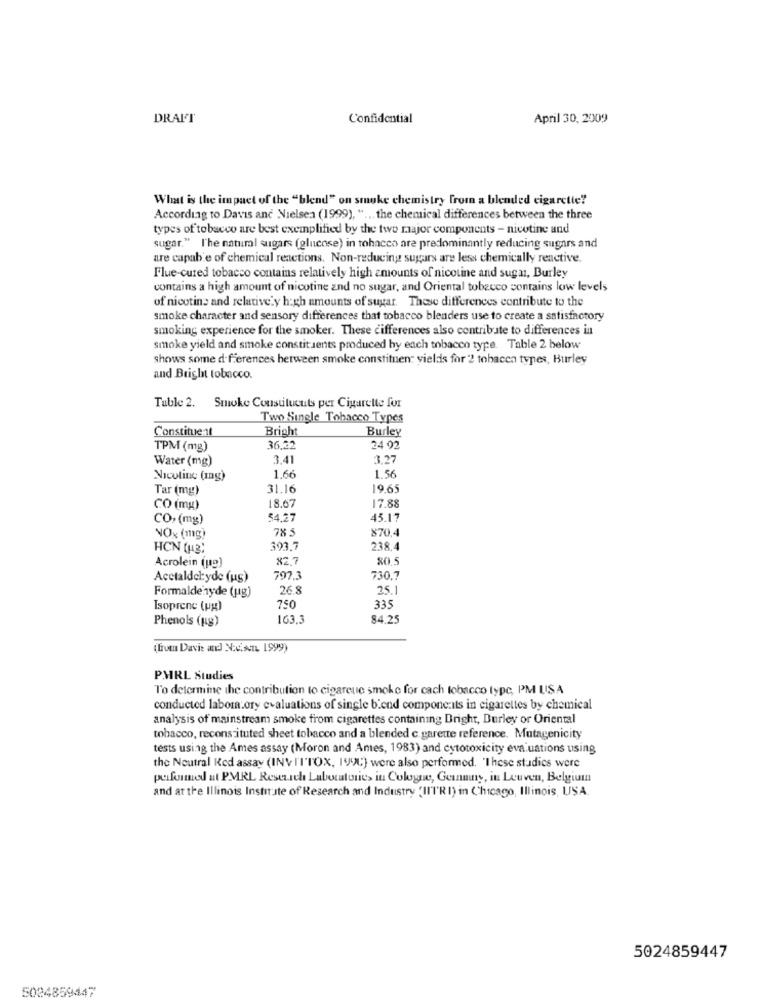
DRALT
Confidential
April 30, 2009
What is the impact of the "blend" on smoke chemistry from a blended cigarette?
According to Davis and Nielsen (1999), " ... the chemical differences between the three
types of tobacco are best exemplified by the two major components - nicotine and
sugar." l'he natural sugars (glucose) in tobacco are predominantly reducing sugars and
are capable of chemical reactions. Non-reducing sugars are less chemically reactive.
Flue-cured tobacco contains relatively high amounts of nicotine and sugar, Burley
contains a high amount of nicotine and no sugar, and Oriental tobacco contains low levels
of nicotine and relative.y high amounts of sugar. These differences contribute to the
smoke character and sensory differences that tobacco blenders use to create a satisfactory
smoking experience for the smoker. These differences also contribute to differences in
smoke yield and smoke constituents produced by each tobacco type. Table 2 below
shows some differences between smoke constituent yields for 2 tohacen types, Burley
and Bright tobacco.
Tuble 2. Smoke Constitucuts per Cigarette for
Two Single Tobacco Types
Constituent
Bright
Burley
TPM (mg)
36,32
24 92
Water (mg)
3,41
3,27
1.66
Nicotine (mg)
1.56
Tar (mg)
31.16
196
CO (mg)
18.67
17.88
CO, (mg)
54.27
45.17
78 5
870.4
NOx (mg)
HCN (12)
393.7
238.4
82.7
80.5
Acrolein (up)
Acetaldelyde (us)
797.3
730.7
Formaldehyde (ug)
26.8
25.1
Isoprene (pg)
750
335
Phenols (pg)
163.3
84.25
(from Davis and Na.suTL 1999)
PMRL Studies
To determine the contribution to cigareue smoke for cach tobacco type, PM USA
conducted laboratory evaluations of single biend components in cigarettes by chemical
analysis of mainstream smoke from cigarettes containing Dright, Burley or Oriental
tobacco, reconstituted sheet tobacco and a blended c garette reference. Mutagenicity
tests using the Ames assay (Moron and Ames, 1983) and cytotoxicity evaluations using
the Neutral Ked assay (INV F'I'TOX, 199C) were also performed. 'These studies were
performed at PMRL Research Laboratories in Cologne, Geannuny, in Leuven, Belgium
and at the Illinois Institute of Research and Industry "Il'l'RI) in Chicago, Illinois, USA.
5024859447
5024859447